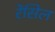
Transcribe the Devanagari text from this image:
रेंसिल